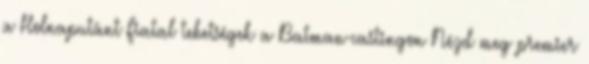
a Holnaputánt Fiatal tehetségek a Batman-castingon Nézd meg premier